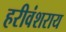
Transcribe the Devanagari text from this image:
हरीवंशराय